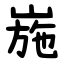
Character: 崺